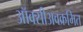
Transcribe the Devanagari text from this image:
ऑक्सीअवक्रमित